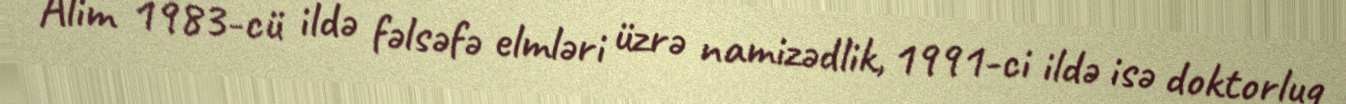
Alim 1983-cü ildə fəlsəfə elmləri üzrə namizədlik, 1991-ci ildə isə doktorluq